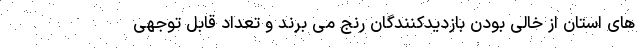
های استان از خالی بودن بازدیدکنندگان رنج می برند و تعداد قابل توجهی